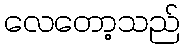
လေတော့သည်